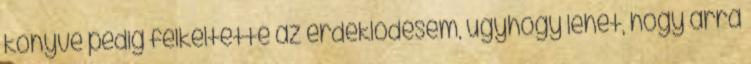
könyve pedig felkeltette az érdeklődésem, úgyhogy lehet, hogy arra